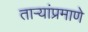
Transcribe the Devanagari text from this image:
ताऱ्यांप्रमाणे